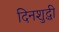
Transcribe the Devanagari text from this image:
दिनशुद्धी